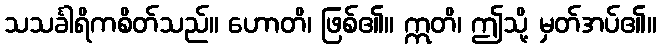
သသင်္ခါရိကစိတ်သည်။ ဟောတိ၊ ဖြစ်၏။ ဣတိ၊ ဤသို့ မှတ်အပ်၏။